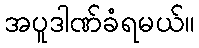
အပူဒါဏ်ခံရမယ်။